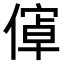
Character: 𬿝